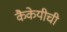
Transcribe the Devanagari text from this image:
कैकेयीची